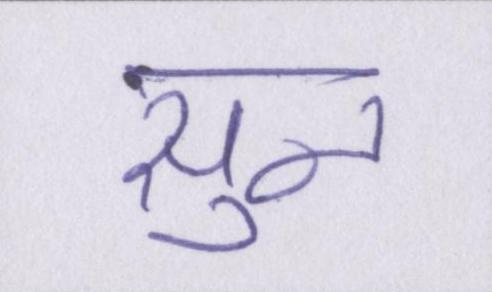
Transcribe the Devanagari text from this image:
सुन